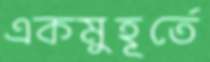
একমুহূর্তে